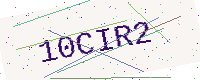
Text: 10CIR2